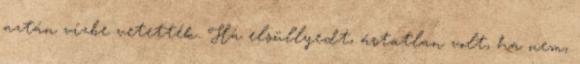
aztán vízbe vetették. Ha elsüllyedt, ártatlan volt, ha nem,